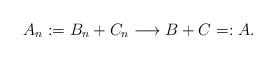
LaTeX: \begin{align*}A_n := B_n + C_n \longrightarrow B+C =:A .\end{align*}